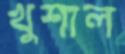
খুশাল